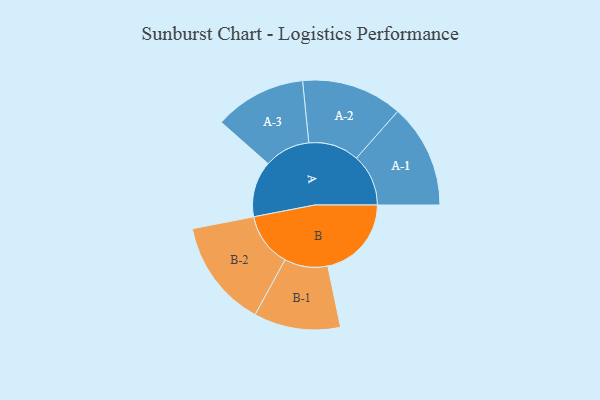
{"axis": {"x": "Segment", "y": "Value"}, "legend": ["", "A", "B"], "data": [{"x": "A", "y": 304, "type": ""}, {"x": "B", "y": 454, "type": ""}, {"x": "A-1", "y": 282, "type": "A"}, {"x": "A-2", "y": 274, "type": "A"}, {"x": "A-3", "y": 249, "type": "A"}, {"x": "B-1", "y": 235, "type": "B"}, {"x": "B-2", "y": 293, "type": "B"}]}